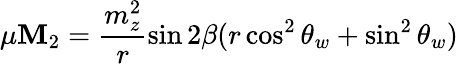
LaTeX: \mu\mathbf{M}_{2}=\frac{{m_{z}^{2}}}{{r}}\sin2\beta(r\cos^{2}\theta_{w}+\sin^{2}\theta_{w})